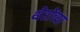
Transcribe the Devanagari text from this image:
थेरोंच्या